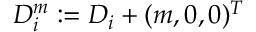
D _ { i } ^ { m } : = D _ { i } + ( m , 0 , 0 ) ^ { T }